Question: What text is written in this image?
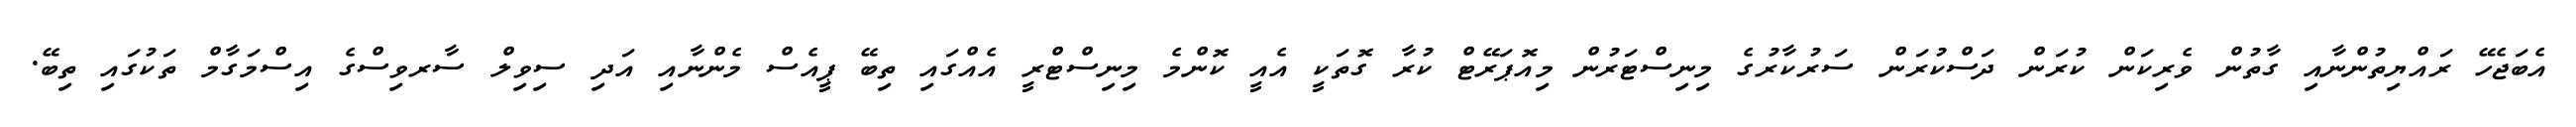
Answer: އެބަޖެހޭ ރައްޔިތުންނާއި ގާތުން ވެރިކަން ކުރަން ދަސްކުރަން ސަރުކާރުގެ މިނިސްޓަރުން މިއޮޕަރޭޓް ކުރާ ގޮތަކީ އެއީ ކޮންމެ މިނިސްޓްރީ އެއްގައި ތިބޭ ޕީއެސް މެންނާއި އަދި ސިވިލް ސާރވިސްގެ އިސްމަގާމް ތަކުގައި ތިބޭ.